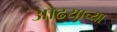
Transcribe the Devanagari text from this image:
ओढयाच्या